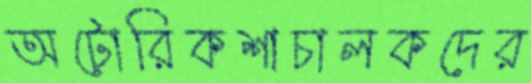
অটোরিকশাচালকদের